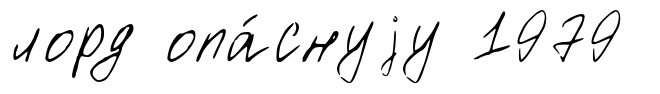
лорд опа́снуjу 1979